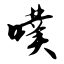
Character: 噗